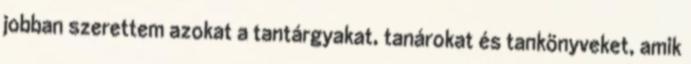
jobban szerettem azokat a tantárgyakat, tanárokat és tankönyveket, amik